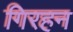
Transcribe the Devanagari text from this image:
गिरहन